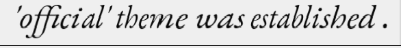
'official' theme was established .